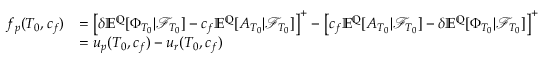
\begin{array} { r l } { f _ { p } ( T _ { 0 } , c _ { f } ) } & { = \left[ \delta { \mathbb E } ^ { { \mathbb Q } } [ \Phi _ { T _ { 0 } } | { \mathcal F } _ { T _ { 0 } } ] - c _ { f } { \mathbb E } ^ { { \mathbb Q } } [ A _ { T _ { 0 } } | { \mathcal F } _ { T _ { 0 } } ] \right] ^ { + } - \left[ c _ { f } { \mathbb E } ^ { { \mathbb Q } } [ A _ { T _ { 0 } } | { \mathcal F } _ { T _ { 0 } } ] - \delta { \mathbb E } ^ { { \mathbb Q } } [ \Phi _ { T _ { 0 } } | { \mathcal F } _ { T _ { 0 } } ] \right] ^ { + } } \\ & { = u _ { p } ( T _ { 0 } , c _ { f } ) - u _ { r } ( T _ { 0 } , c _ { f } ) } \end{array}